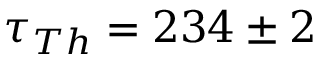
\tau _ { T h } = 2 3 4 \pm 2